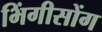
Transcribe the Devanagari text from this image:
भिंगीसोंग